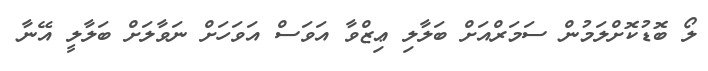
ލޯ ބޮޑުކޮށްލަމުން ސަމަރްއަށް ބަލާލި ޢިޒްވާ އަވަސް އަވަހަށް ނަވާލަށް ބަލާލީ އޭނާ